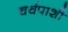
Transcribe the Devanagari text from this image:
चर्चपाशी